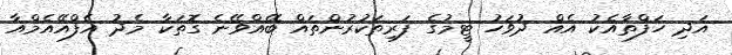
އަދި ހަފްތާއެކު އެއް ދުވަހު ޓީމުގެ ފަރިތަކުރުންތައް ބޭއްވޭނެ ގޮތަކާ މެދު އެފްއޭއެމްއާ